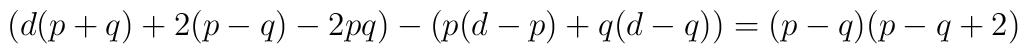
\left(d(p+q)+2(p-q)-2pq\right)- \left( p (d-p)+q(d-q) \right)=(p-q)(p-q+2)